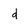
Character: d